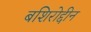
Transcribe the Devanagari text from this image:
बशिरोद्दीन